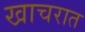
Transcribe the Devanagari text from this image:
खाचरात